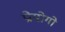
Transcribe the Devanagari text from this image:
प्रोयोगो